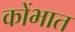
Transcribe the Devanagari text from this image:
कोंभात